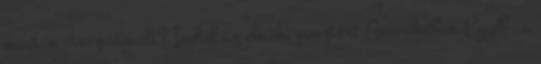
miután visszavonult? Indul az elnöki posztért Amerikában Egyéb, a